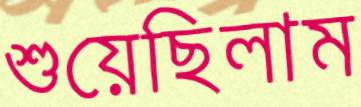
শুয়েছিলাম